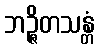
ဘဉ္ဇိတသန္တံ